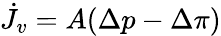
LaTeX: \begin{array}{r}{\dot{J_{v}}=A(\Delta p-\Delta\pi)}\end{array}